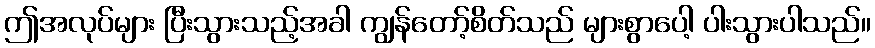
ဤအလုပ်များ ပြီးသွားသည့်အခါ ကျွန်တော့်စိတ်သည် များစွာပေါ့ ပါးသွားပါသည်။